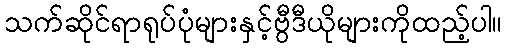
သက်ဆိုင်ရာရုပ်ပုံများနှင့်ဗွီဒီယိုများကိုထည့်ပါ။